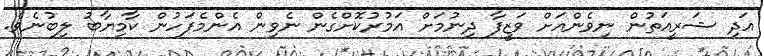
އަދި ޝަރީއަތުން ނިވެންއަށް ވަޒީފާ ދިނުމަށް އަމުރުކޮށްގެން ނެވިން އެންމެފަހުން ކާމިޔާބު ލިބުނެވެ.